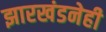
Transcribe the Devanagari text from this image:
झारखंडनेही